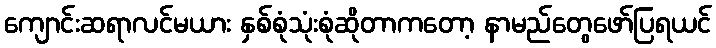
ကျောင်းဆရာလင်မယား နှစ်စုံသုံးစုံဆိုတာကတော့ နာမည်တွေဖော်ပြရယင်